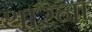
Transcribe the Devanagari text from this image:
थारना